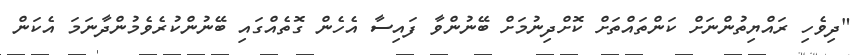
"ދިވެހި ރައްޔިތުންނަށް ކަންތައްތަށް ކޮށްދިނުމަށް ބޭނުންވާ ފައިސާ އެހެން ގޮތެއްގައި ބޭނުންކުރެވެމުންދާނަމަ އެކަން